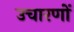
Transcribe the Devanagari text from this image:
उचारणों